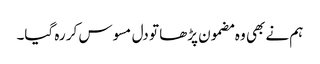
ہم نے بھی وہ مضمون پڑھا تو دل مسوس کر رہ گیا۔